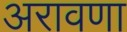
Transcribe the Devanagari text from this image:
अरावणा